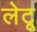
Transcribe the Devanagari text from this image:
लेटू